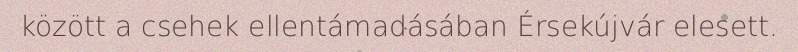
között a csehek ellentámadásában Érsekújvár elesett.